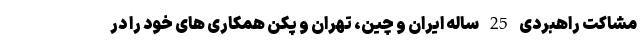
مشاکت راهبردی 25 ساله ایران و چین، تهران و پکن همکاری های خود را در